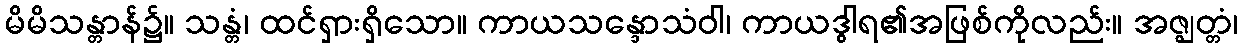
မိမိသန္တာန်၌။ သန္တံ၊ ထင်ရှားရှိသော။ ကာယသန္ဒောသံဝါ၊ ကာယဒွါရ၏အဖြစ်ကိုလည်း။ အဇ္ဈတ္တံ၊